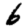
Digit: 6